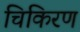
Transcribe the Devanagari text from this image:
चिकिरण